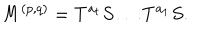
LaTeX: M ^ { ( p , q ) } = T ^ { a _ { t } } S \ldots T ^ { a _ { 1 } } S .